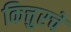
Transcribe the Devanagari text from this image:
कित्तुरचे